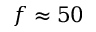
f \approx 5 0